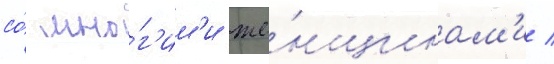
со́ мно́г'им'и же́нщинам'и /